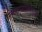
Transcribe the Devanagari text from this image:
सिलाप्पधिकाराम